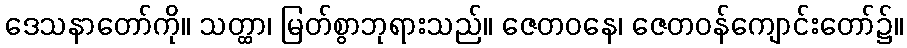
ဒေသနာတော်ကို။ သတ္ထာ၊ မြတ်စွာဘုရားသည်။ ဇေတဝနေ၊ ဇေတဝန်ကျောင်းတော်၌။